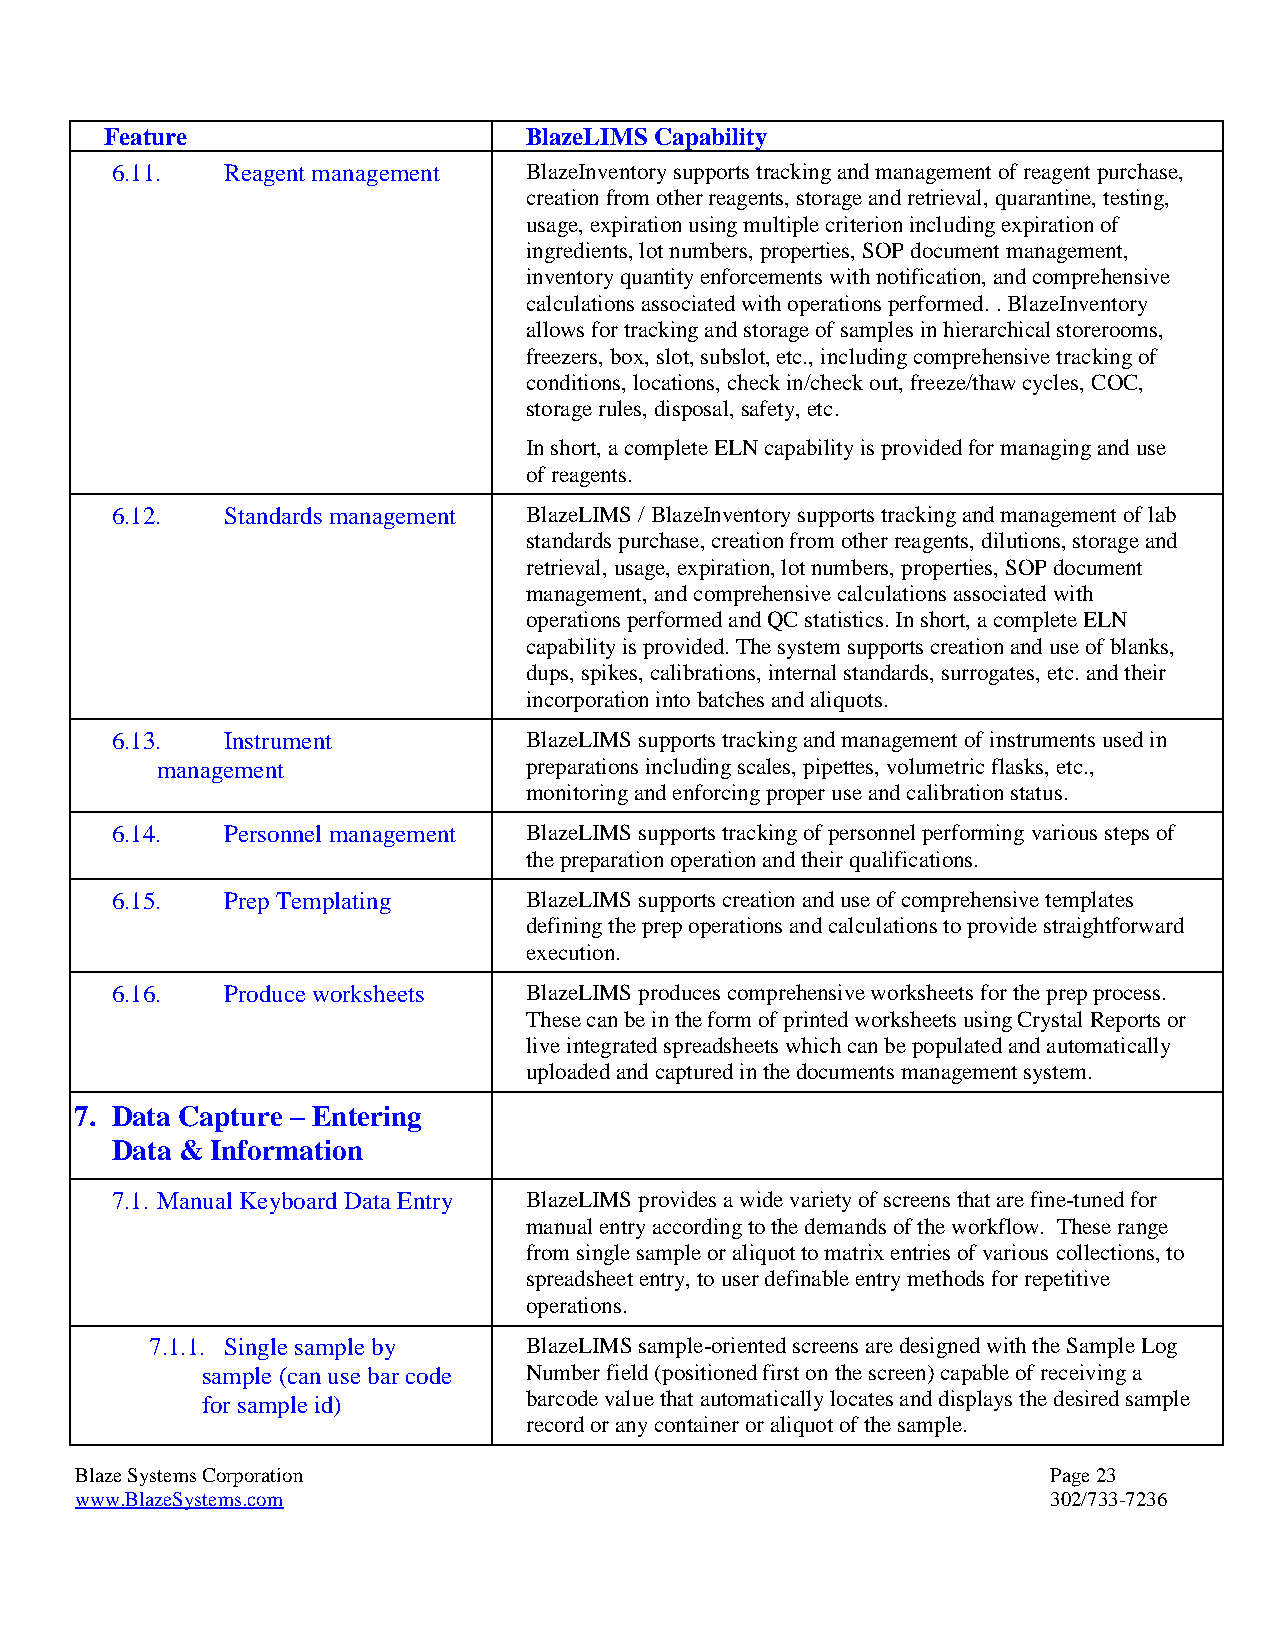
Feature                     BlazeLIMS Capability
 6.11.   Reagent management  BlazeInventory supports tracking and management of reagent purchase,
 creation from other reagents, storage and retrieval, quarantine, testing,
 usage, expiration using multiple criterion including expiration of
 ingredients, lot numbers, properties, SOP document management,
 inventory quantity enforcements with notification, and comprehensive
 calculations associated with operations performed. . BlazeInventory
 allows for tracking and storage of samples in hierarchical storerooms,
 freezers, box, slot, subslot, etc., including comprehensive tracking of
 conditions, locations, check in/check out, freeze/thaw cycles, COC,
 storage rules, disposal, safety, etc.
 In short, a complete ELN capability is provided for managing and use
 of reagents.
 6.12.   Standards management BlazeLIMS / BlazeInventory supports tracking and management of lab
 standards purchase, creation from other reagents, dilutions, storage and
 retrieval, usage, expiration, lot numbers, properties, SOP document
 management, and comprehensive calculations associated with
 operations performed and QC statistics. In short, a complete ELN
 capability is provided. The system supports creation and use of blanks,
 dups, spikes, calibrations, internal standards, surrogates, etc. and their
 incorporation into batches and aliquots.
 6.13.   Instrument          BlazeLIMS supports tracking and management of instruments used in
 management               preparations including scales, pipettes, volumetric flasks, etc.,
 monitoring and enforcing proper use and calibration status.
 6.14.   Personnel management BlazeLIMS supports tracking of personnel performing various steps of
 the preparation operation and their qualifications.
 6.15.   Prep Templating     BlazeLIMS supports creation and use of comprehensive templates
 defining the prep operations and calculations to provide straightforward
 execution.
 6.16.   Produce worksheets  BlazeLIMS produces comprehensive worksheets for the prep process.
 These can be in the form of printed worksheets using Crystal Reports or
 live integrated spreadsheets which can be populated and automatically
 uploaded and captured in the documents management system.
 7. Data Capture – Entering
 Data & Information
 7.1. Manual Keyboard Data Entry BlazeLIMS provides a wide variety of screens that are fine-tuned for
 manual entry according to the demands of the workflow. These range
 from single sample or aliquot to matrix entries of various collections, to
 spreadsheet entry, to user definable entry methods for repetitive
 operations.
 7.1.1. Single sample by  BlazeLIMS sample-oriented screens are designed with the Sample Log
 sample (can use bar code Number field (positioned first on the screen) capable of receiving a
 for sample id)        barcode value that automatically locates and displays the desired sample
 record or any container or aliquot of the sample.
 Blaze Systems Corporation                                        Page 23
 www.BlazeSystems.com                                             302/733-7236